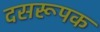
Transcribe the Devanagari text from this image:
दसरूपक